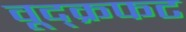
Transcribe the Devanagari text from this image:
वूद्क्रफट